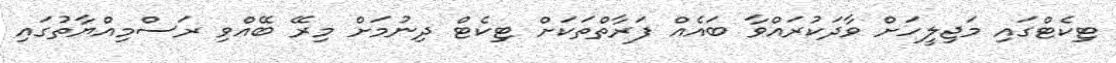
ޓިކެޓްގައި މަޖިލީހަށް ވާދަކުރައްވާ ބައެއް ފަރާތްތަކަށް ޓިކެޓް ދިނުމަށް މިރޭ ބޭއްވި ރަސްމިއްޔާތުގައި